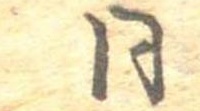
同